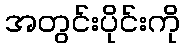
အတွင်းပိုင်းကို